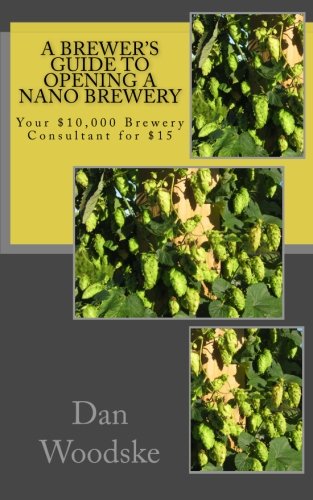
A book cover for A Brewer's Guide to Opening a Nano Brewery: Your $10,000 Brewery Consultant for $15, Vol. 1; Dan Woodske; Cookbooks, Food & Wine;